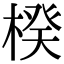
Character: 楑